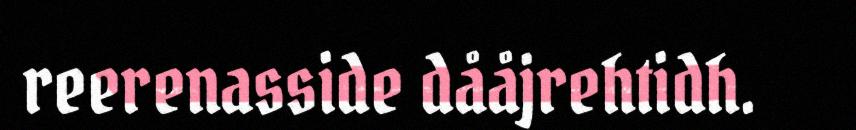
reerenasside dååjrehtidh.